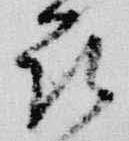
花